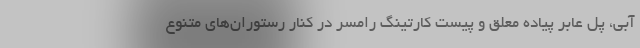
آبی، پل عابر پیاده معلق و پیست کارتینگ رامسر در کنار رستوران‌های متنوع